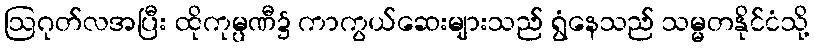
ဩဂုတ်လအပြီး ထိုကုမ္ပဏီ၌ ကာကွယ်ဆေးများသည် ရွံနေသည် သမ္မတနိုင်ငံသို့